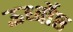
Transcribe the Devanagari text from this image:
ऊर्ध्वोष्ठ